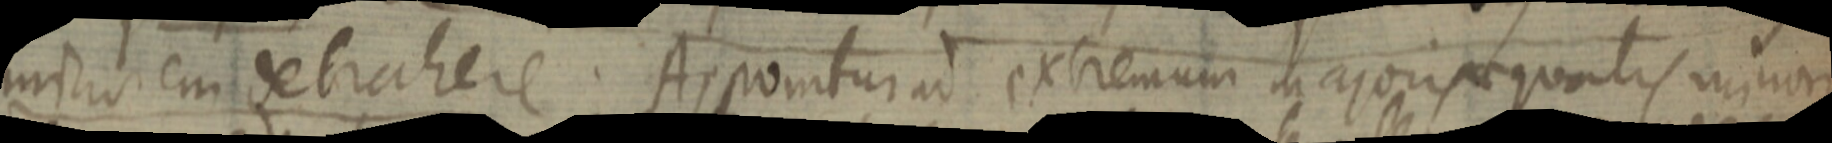
musio em detrahere. Apponitur ad extremum majoris equalis minon